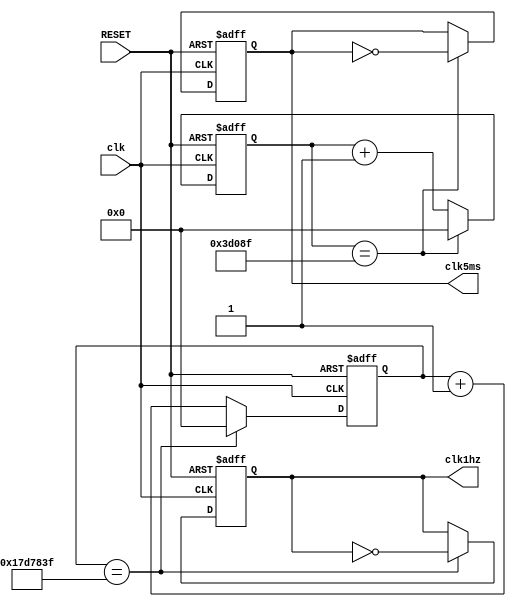
`timescale 1ns / 1ps
//////////////////////////////////////////////////////////////////////////////////
// Company: 
// Engineer: 
// 
// Design Name: 
// Module Name:    FreDiv 
// Project Name: 
// Target Devices: 
// Tool versions: 
// Description: 
//
// Dependencies: 
//
// Revision: 
// Revision 0.01 - File Created
// Additional Comments: 
//
//////////////////////////////////////////////////////////////////////////////////
module FreDiv(
	input clk,//
	input RESET,//
	output reg clk1hz,//1hz
	output reg clk5ms//
	);
	
	reg [25:0] cnt, cnt1;//
	always @ (posedge clk or negedge RESET)//1hz
	begin 
	if (!RESET)//
		begin 
			clk1hz <= 0;
			cnt <= 0;
		end
		else
		begin //1hz
			if (cnt == 26'd24_999_999)
			begin
				cnt <= 26'd0;
				clk1hz <= ~	clk1hz;
			end
			else
			begin 
				cnt <= cnt + 1'b1;
			end
		end
	end
	
	always @ (posedge clk or negedge RESET)
	begin 
		if (!RESET)//
		begin 
			clk5ms <= 0;
			cnt1 <= 0;
		end
		else
		begin //5ms
			if (cnt1 == 26'd24_999_9)
			begin
				cnt1 <= 26'd0;
				clk5ms <= ~	clk5ms;
			end
			else
			begin 
				cnt1 <= cnt1 + 1'b1;
			end
		end
	end
	
endmodule